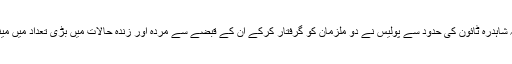
بتایا گیاہے کہ تھانہ شاہدرہ ٹائون کی حدود سے پولیس نے دو ملزمان کو گرفتار کرکے ان کے قبضے سے مردہ اور زندہ حالات میں بڑی تعداد میں مینڈک برآمد کر لئے ۔